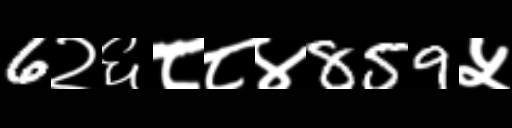
Text: 6२६८८४859५